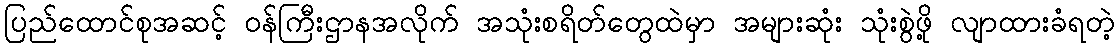
ပြည်ထောင်စုအဆင့် ၀န်ကြီးဌာနအလိုက် အသုံးစရိတ်တွေထဲမှာ အများဆုံး သုံးစွဲဖို့ လျာထားခံရတဲ့